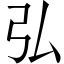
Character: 弘